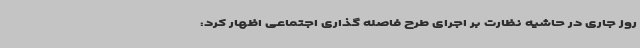
روز جاری در حاشیه نظارت بر اجرای طرح فاصله گذاری اجتماعی اظهار کرد: